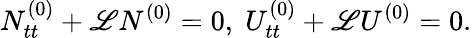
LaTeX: N_{tt}^{(0)}+\mathscr{L}N^{(0)}=0,\; U_{tt}^{(0)}+\mathscr{L}U^{(0)}=0.